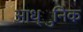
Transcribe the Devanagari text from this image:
आध्ुनिक